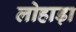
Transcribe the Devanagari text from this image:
लोहाड़ा